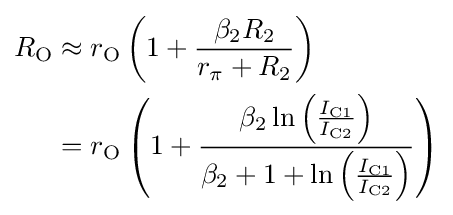
{\begin{aligned}R_{\text{O}}&\approx r_{\text{O}}\left(1+{\frac {\beta _{2}R_{2}}{r_{\pi }+R_{2}}}\right)\\&=r_{\text{O}}\left(1+{\frac {\beta _{2}\ln \left({\frac {I_{\text{C1}}}{I_{\text{C2}}}}\right)}{\beta _{2}+1+\ln \left({\frac {I_{\text{C1}}}{I_{\text{C2}}}}\right)}}\right)\end{aligned}}